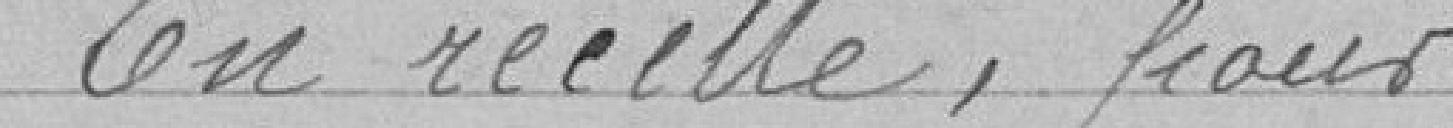
En recette, pour . . . . . . . . .4.413.283.70